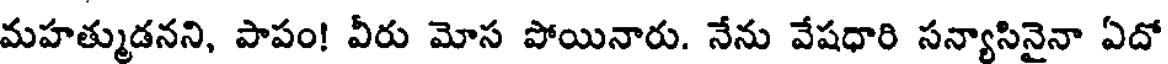
మహత్ముడనని, పాపం! వీరు మోస పోయినారు. నేను వేషధారి సన్యాసినైనా ఏదో